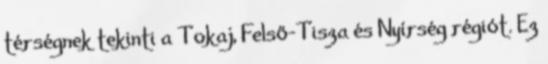
térségnek tekinti a Tokaj, Felső-Tisza és Nyírség régiót. Ez